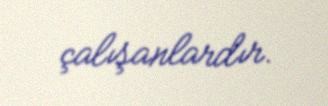
çalışanlardır.